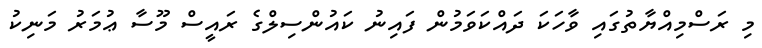
މި ރަސްމިއްޔާތުގައި ވާހަކަ ދައްކަވަމުން ފައިނު ކައުންސިލްގެ ރައީސް މޫސާ ޢުމަރު މަނިކު